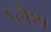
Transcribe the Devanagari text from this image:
प्लैथ